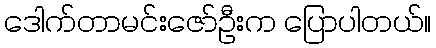
ဒေါက်တာမင်းဇော်ဦးက ပြောပါတယ်။